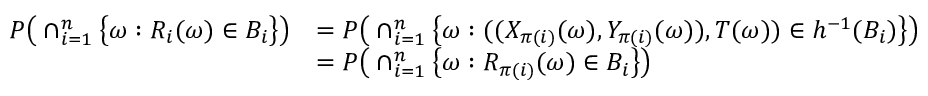
\begin{array} { r l } { P \big ( \cap _ { i = 1 } ^ { n } \big \{ \omega : R _ { i } ( \omega ) \in B _ { i } \big \} \big ) } & { = P \big ( \cap _ { i = 1 } ^ { n } \big \{ \omega : ( ( X _ { \pi ( i ) } ( \omega ) , Y _ { \pi ( i ) } ( \omega ) ) , T ( \omega ) ) \in h ^ { - 1 } ( B _ { i } ) \big \} \big ) } \\ & { = P \big ( \cap _ { i = 1 } ^ { n } \big \{ \omega : R _ { \pi ( i ) } ( \omega ) \in B _ { i } \big \} \big ) } \end{array}